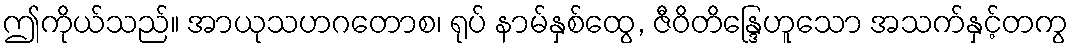
ဤကိုယ်သည်။ အာယုသဟဂတောစ၊ ရုပ် နာမ်နှစ်ထွေ, ဇီဝိတိန္ဒြေဟူသော အသက်နှင့်တကွ